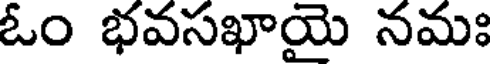
ఓం భవసఖాయై నమః